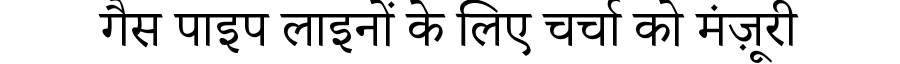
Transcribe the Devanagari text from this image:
गैस पाइप लाइनों के लिए चर्चा को मंज़ूरी